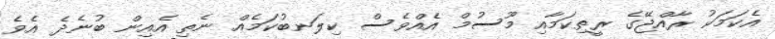
އެކަމަކު ރާއްޖޭގެ ރީތިކަމާއި މޫސުމް އެއްވެސް ކިލަނބުކަމެއް ނެތި އެއިން ބުނެދެ އެވެ